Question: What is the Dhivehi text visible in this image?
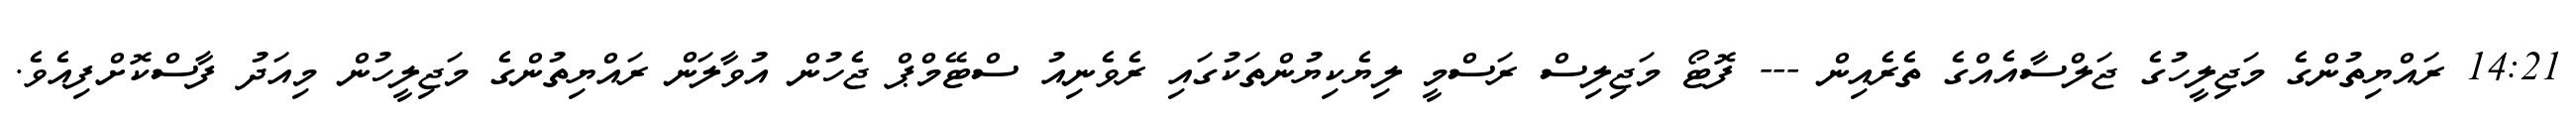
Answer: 14:21 ރައްޔިތުންގެ މަޖިލީހުގެ ޖަލްސާއެއްގެ ތެރެއިން --- ފޮޓޯ މަޖިލިސް ރަސްމީ ލިޔެކިޔުންތަކުގައި ރެވެނިއު ސްޓޭމްޕް ޖެހުން އުވާލަން ރައްޔިތުންގެ މަޖިލީހުން މިއަދު ފާސްކޮށްފިއެވެ.